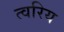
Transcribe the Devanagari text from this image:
त्वरिय